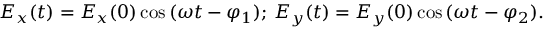
E _ { x } ( t ) = E _ { x } ( 0 ) \cos { ( \omega t - \varphi _ { 1 } ) } ; \, E _ { y } ( t ) = E _ { y } ( 0 ) \cos { ( \omega t - \varphi _ { 2 } ) } .